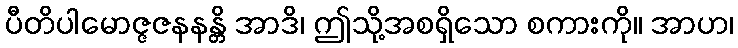
ပီတိပါမောဇ္ဇဇနနန္တိ အာဒိ၊ ဤသို့အစရှိသော စကားကို။ အာဟ၊